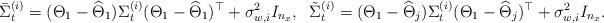
LaTeX: \begin{align*} \bar{\Sigma}^{(i)}_t &= ({\Theta}_1 - \widehat{\Theta}_1)\Sigma^{(i)}_t ({\Theta}_1 - \widehat{\Theta}_1)^\top + \sigma^2_{w,i}I_{n_x},\;\ \Tilde{\Sigma}^{(i)}_t =({\Theta}_1 - \widehat{\Theta}_j)\Sigma^{(i)}_t ({\Theta}_1 - \widehat{\Theta}_j)^\top + \sigma^2_{w,i}I_{n_x}.\end{align*}